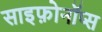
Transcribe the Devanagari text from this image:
साइफ़ोनॉप्स